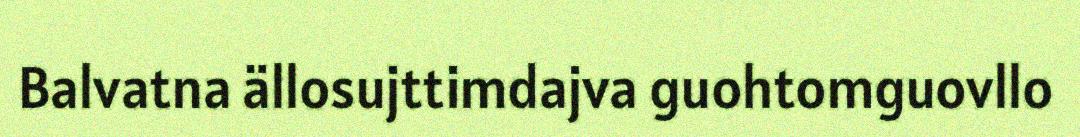
Balvatna ällosujttimdajva guohtomguovllo